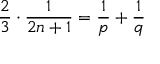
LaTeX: { \frac { 2 } { 3 } } \cdot { \frac { 1 } { 2 n + 1 } } = { \frac { 1 } { p } } + { \frac { 1 } { q } }